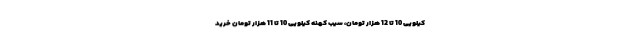
کیلویی 10 تا 12 هزار تومان، سیب کهنه کیلویی 10 تا 11 هزار تومان خرید